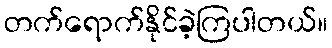
တက်ရောက်နိုင်ခဲ့ကြပါတယ်။